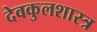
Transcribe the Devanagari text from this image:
देवकुलशास्त्र